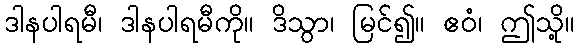
ဒါနပါရမီ၊ ဒါနပါရမီကို။ ဒိသွာ၊ မြင်၍။ ဧဝံ၊ ဤသို့။